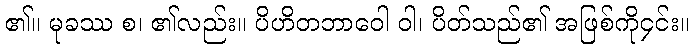
၏။ မုခဿ စ၊ ၏လည်း။ ပိဟိတဘာဝေါ ဝါ၊ ပိတ်သည်၏ အဖြစ်ကို၄င်း။